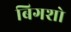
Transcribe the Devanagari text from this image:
बिगशो